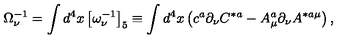
\Omega _ { \nu } ^ { - 1 } = \int d ^ { 4 } x \left[ \omega _ { \nu } ^ { - 1 } \right] _ { 5 } \equiv \int d ^ { 4 } x \left( c ^ { a } \partial _ { \nu } C ^ { * a } - A _ { \mu } ^ { a } \partial _ { \nu } A ^ { * a \mu } \right) ,